Treatise on elephants
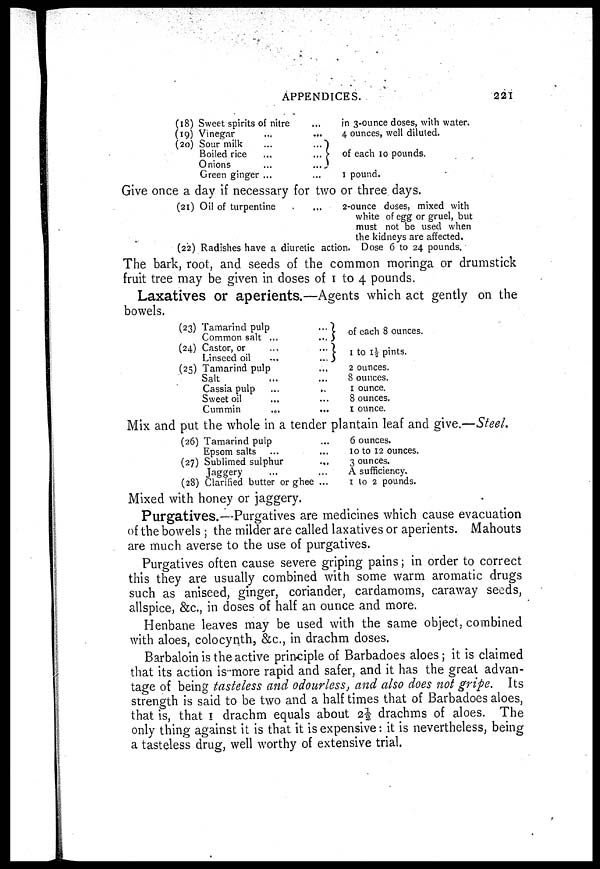
APPENDICES.
221
(18)
(19)
(20)
Sweet spirits of nitre ...
Vinegar ... ...
Sour milk ... ...
Boiled rice ... ...
Onions ... ...
Green ginger ... ...
in 3-ounce doses, with water.
4 ounces, well diluted.
of each 10 pounds.
1 pound.
Give once a day if necessary for two or three days.
(21)
(22)
Oil of turpentine
...
Radishes have a diuretic action.
2 -ounce doses, mixed with
white of egg or gruel, but
must not be used when
the kidneys are affected.
Dose 6 to 24 pounds.
The bark, root, and seeds of the common moringa or drumstick
fruit tree may be given in doses of I to 4 pounds.
Laxatives or aperients.—Agents which act gently on the
bowels.
(23) Tamarind pulp ...
Common salt ...
(24) Castor, or ... ...
Linseed oil ... ...
(25) Tamarind pulp ...
Salt
... ...
Cassia pulp
...
...
Sweet oil
...
...
Cummin
...
...
of each 8 ounces.
1 to 1½ pints.
2 ounces.
8 ounces.
1 ounce.
8 ounces.
1 ounce.
Mix and put the whole in a tender plantain leaf and give.—Steel.
(26) Tamarind pulp ...
Epsom salts ... ...
(27) Sublimed sulphur ...
Jaggery ... ...
(28) Clarified butter or ghee ...
6 ounces.
10 to 12 ounces.
3 ounces.
A sufficiency.
1 to 2 pounds.
Mixed with honey or jaggery.
Purgatives.—Purgatives are medicines which cause evacuation
of the bowels ; the milder are called laxatives or aperients. Mahouts
are much averse to the use of purgatives.
Purgatives often cause severe griping pains; in order to correct
this they are usually combined with some warm aromatic drugs
such as aniseed, ginger, coriander, cardamoms, caraway seeds,
allspice, &c, in doses of half an ounce and more.
Henbane leaves may be used with the same object, combined
with aloes, colocynth, &c, in drachm doses.
Barbaloin is the active principle of Barbadoes aloes; it is claimed
that its action is more rapid and safer, and it has the great advan-
tage of being tasteless and odourless, and also does not gripe. Its
strength is said to be two and a half times that of Barbadoes aloes,
that is, that I drachm equals about 2½ drachms of aloes. The
only thing against it is that it is expensive: it is nevertheless, being
a tasteless drug, well worthy of extensive trial.